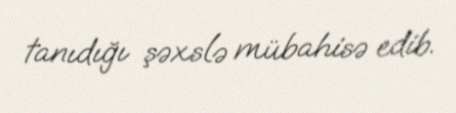
tanıdığı şəxslə mübahisə edib.